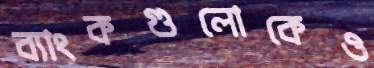
ব্যাংকগুলোকেও